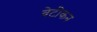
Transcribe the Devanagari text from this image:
वेटीकन